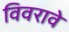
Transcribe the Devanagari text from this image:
विवरावे